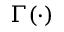
\Gamma ( \cdot )